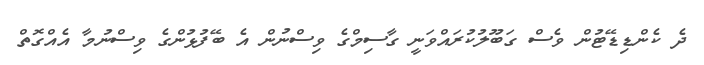
ދެ ކެންޑިޑޭޓުން ވެސް ގަބޫލުކުރައްވަނީ ގާސިމްގެ ވިސްނުން އެ ބޭފުޅުންގެ ވިސްނުމާ އެއްގޮތް